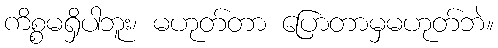
ကိစ္စမရှိပါဘူး၊ မဟုတ်တာ ပြောတာမှမဟုတ်ဘဲ။